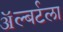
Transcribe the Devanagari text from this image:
ॲल्बर्टला